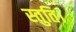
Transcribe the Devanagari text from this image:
स्तुति।